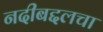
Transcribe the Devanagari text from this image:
नदीबद्दलचा